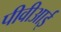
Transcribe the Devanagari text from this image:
पीवीआई